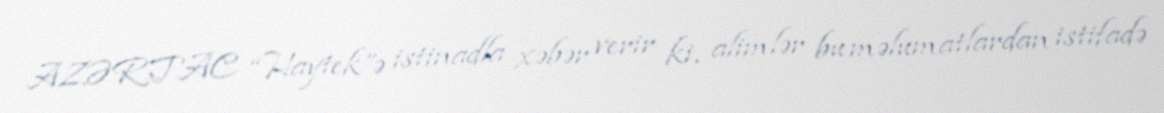
AZƏRTAC “Haytek”ə istinadla xəbər verir ki, alimlər bu məlumatlardan istifadə